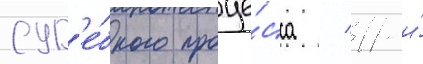
суд'е́бного проце́сса / 11-и́